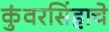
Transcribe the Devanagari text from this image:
कुंवरसिंहाचे